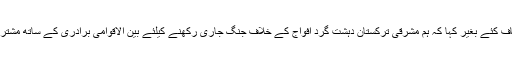
انہوں نے تفصیلات کا انکشاف کئے بغیر کہا کہ ہم مشرقی ترکستان دہشت گرد افواج کے خلاف جنگ جاری رکھنے کیلئے بین الاقوامی برادری کے ساتھ مشترکہ جدوجہد کیلئے تیار ہیں ۔